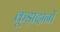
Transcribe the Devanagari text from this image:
कूड़ादानों